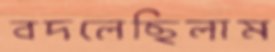
বদলেছিলাম